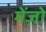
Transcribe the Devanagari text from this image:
मेंज़ो